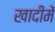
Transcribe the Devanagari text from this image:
खादीमें